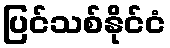
ပြင်သစ်နိုင်ငံ